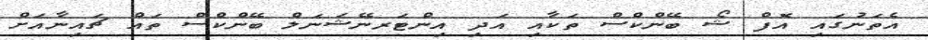
އެތަނުގައި އޮފް ޝޯ ބޭންކްސް ތަކާއި އަދި އިންޓަރނޭޝަނަލް ބޭންކްސް ތައް ޗައިނާއަށް